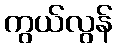
ကွယ်လွန်